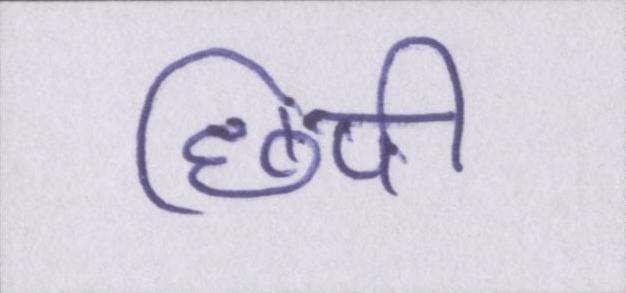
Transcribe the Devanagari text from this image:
छिपी